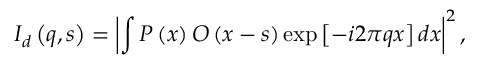
I _ { d } \left( \boldsymbol { q } , \boldsymbol { s } \right) = \left| \int P \left( \boldsymbol { x } \right) O \left( \boldsymbol { x } - \boldsymbol { s } \right) \exp \left[ - i 2 \pi \boldsymbol { q } \boldsymbol { x } \right] d \boldsymbol { x } \right| ^ { 2 } ,